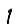
Digit: 1